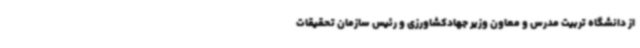
از دانشگاه تربیت مدرس و معاون وزیر جهادکشاورزی و رئیس سازمان تحقیقات